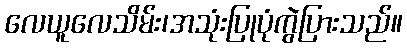
လေယူလေသိမ်း၊အသုံးပြုပုံကွဲပြားသည်။